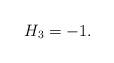
LaTeX: \begin{align*}H_3 = -1.\end{align*}